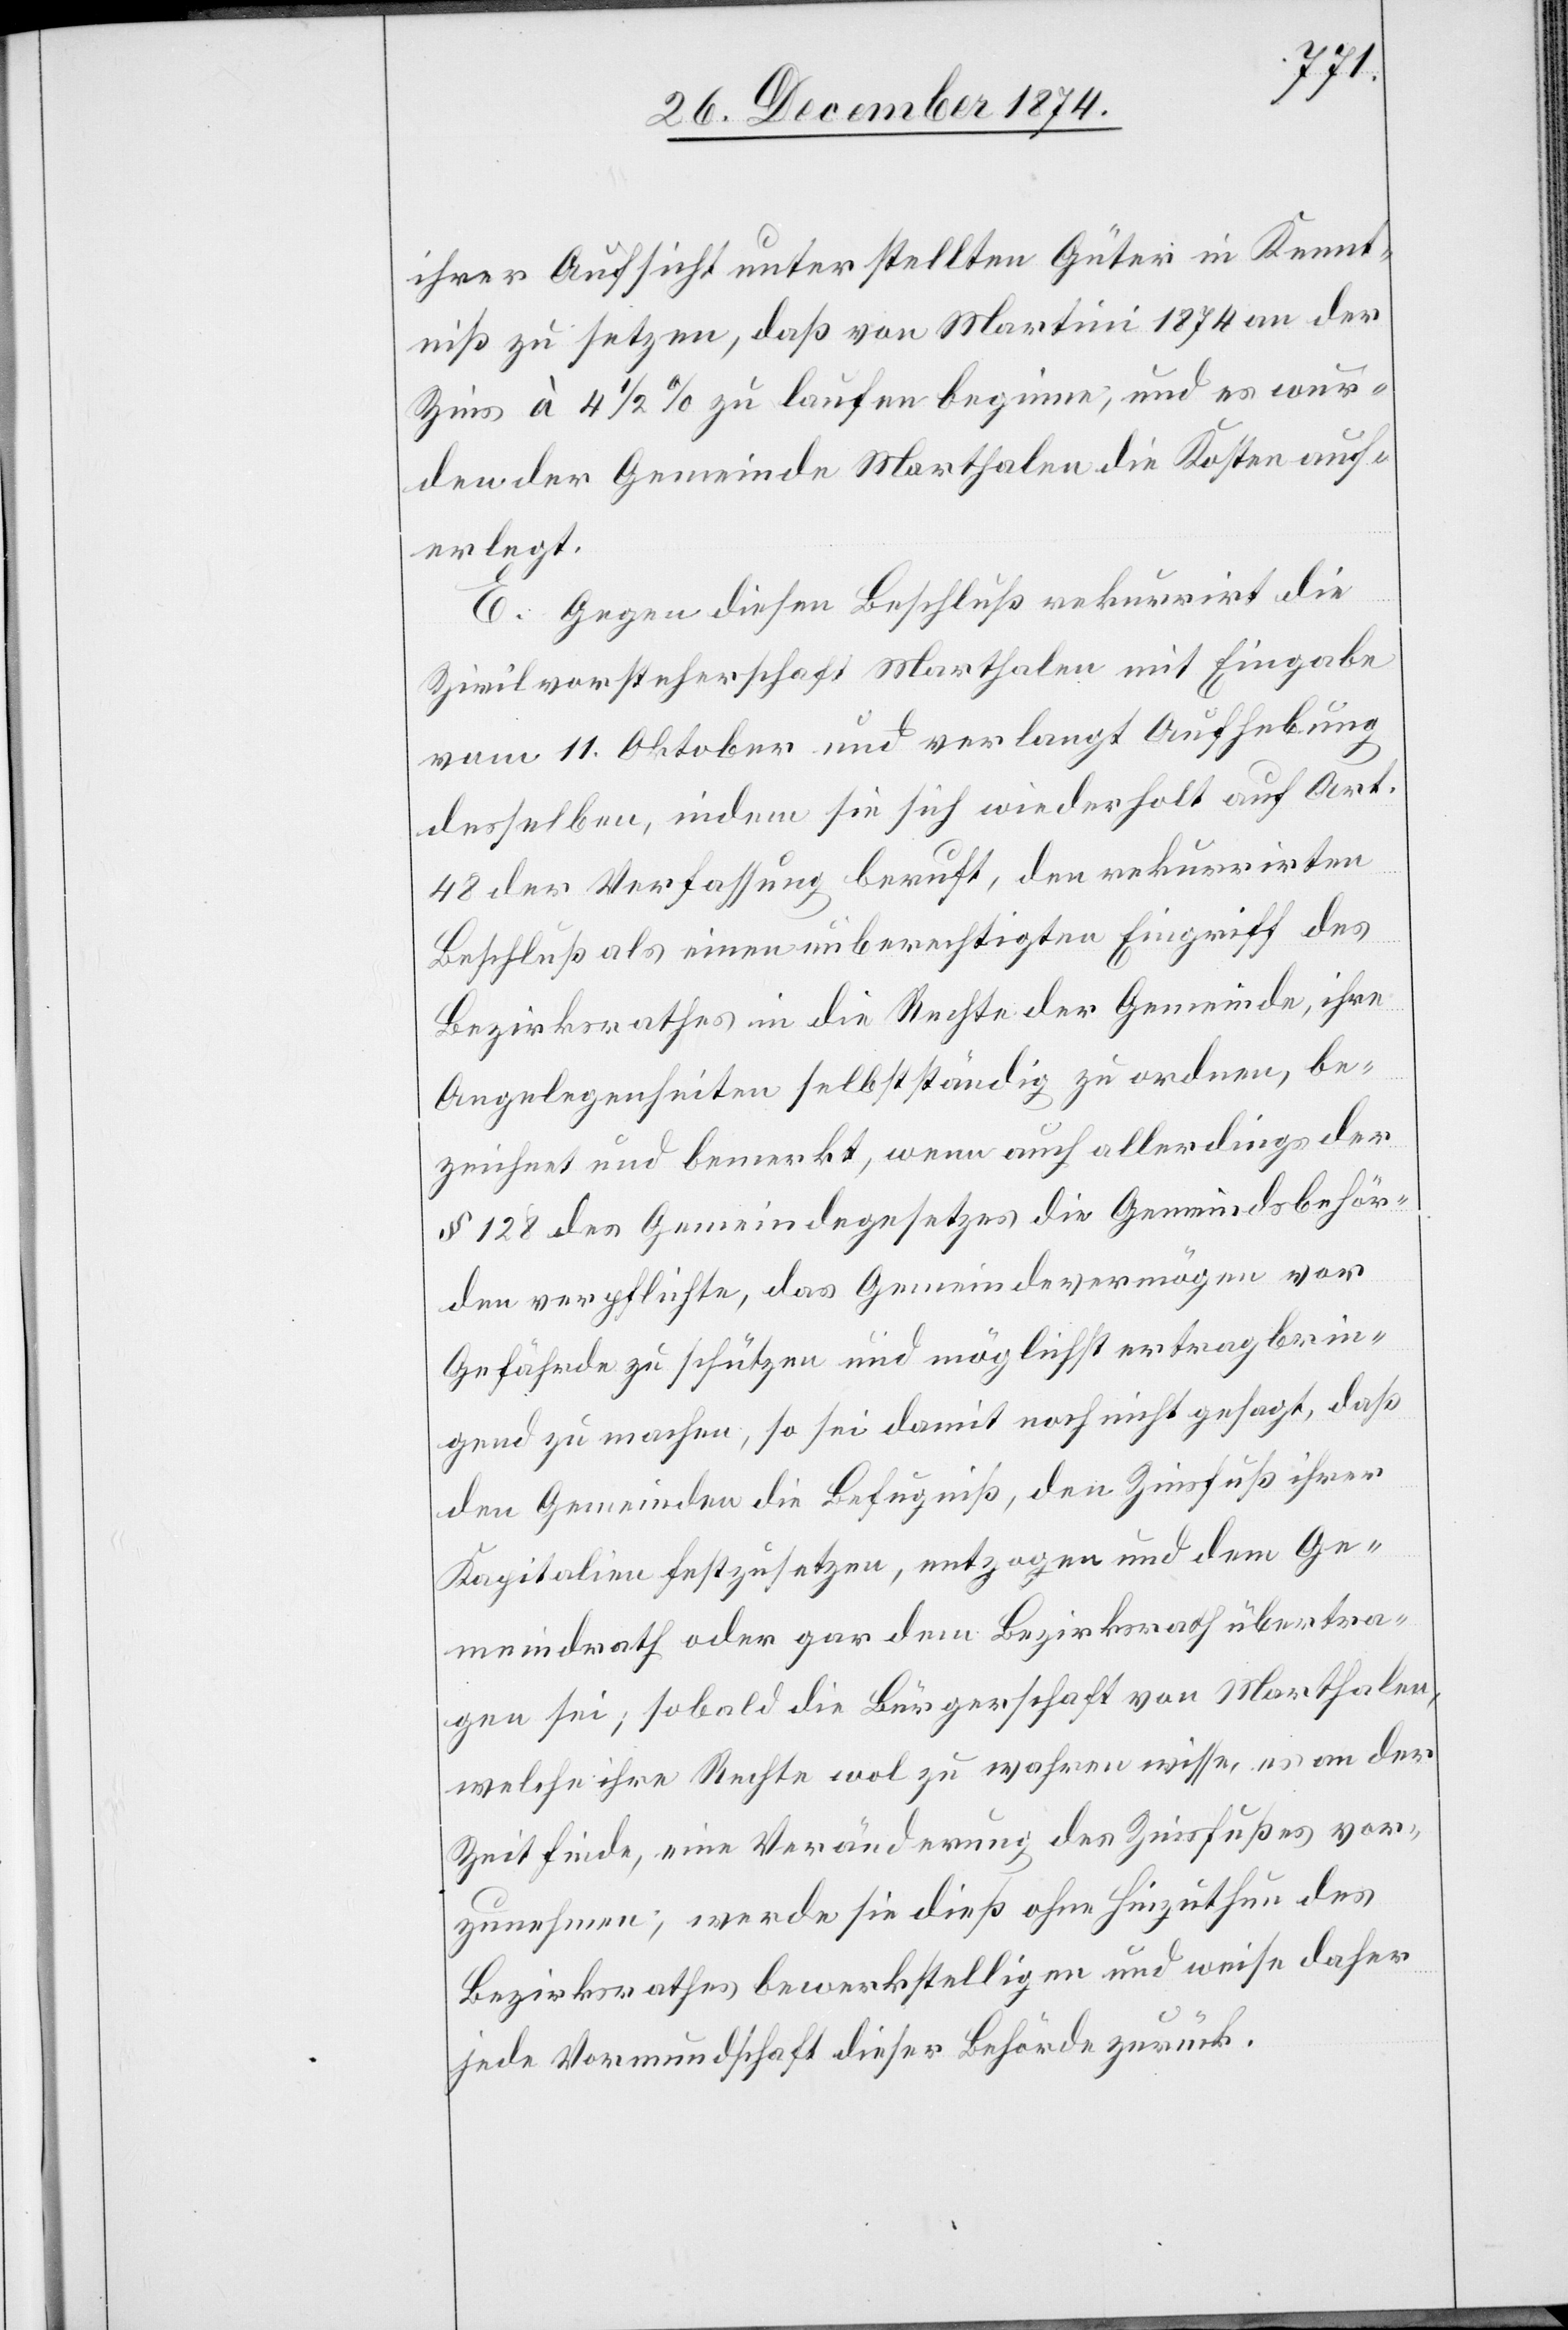
ihrer Aufsicht unterstellten Güter in Kennt¬
niß zu setzen, daß von Martini 1874 an der
Zins à 4 1/2% zu laufen beginne, und es wur¬
den der Gemeinde Marthalen die Kosten auf¬
erlegt.
E. Gegen diesen Beschluß rekurrirt die
Zivilvorsteherschaft Marthalen mit Eingabe
vom 11. Oktober und verlangt Aufhebung
desselben, indem sie sich wiederholt auf Art.
48 der Verfassung beruft, den rekurrirten
Beschluß als einen unberechtigten Eingriff des
Bezirksrathes in die Rechte der Gemeinde, ihre
Angelegenheiten selbstständig zu ordnen, be¬
zeichnet und bemerkt, wenn auch allerdings der
§ 128 des Gemeindegesetzes die Gemeindsbehör¬
den verpflichte, das Gemeindsvermögen vor
Gefährde zu schützen und möglichst ertragbrin¬
gend zu machen, so sei damit noch nicht gesagt, daß
den Gemeinden die Befugniß, den Zinsfuß ihrer
Kapitalien festzusetzen, entzogen und dem Ge¬
meindrath oder gar dem Bezirksrath übertra¬
gen sei; sobald die Bürgerschaft von Marthalen,
welche ihre Rechte wol zu wahren wisse, es an der
Zeit finde, eine Veränderung des Zinsfußes vor¬
zunehmen, werde sie dieß ohne Hinzuthun des
Bezirksrathes bewerkstelligen und weise daher
jede Vormundschaft dieser Behörde zurück.